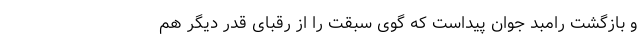
و بازگشت رامبد جوان پیداست که گوی سبقت را از رقبای قَدَر دیگر هم